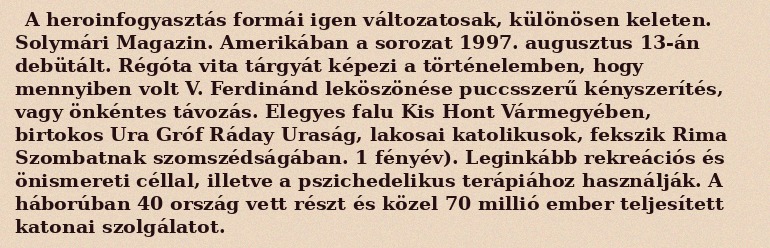
A heroinfogyasztás formái igen változatosak, különösen keleten. Solymári Magazin. Amerikában a sorozat 1997. augusztus 13-án debütált. Régóta vita tárgyát képezi a történelemben, hogy mennyiben volt V. Ferdinánd leköszönése puccsszerű kényszerítés, vagy önkéntes távozás. Elegyes falu Kis Hont Vármegyében, birtokos Ura Gróf Ráday Uraság, lakosai katolikusok, fekszik Rima Szombatnak szomszédságában. 1 fényév). Leginkább rekreációs és önismereti céllal, illetve a pszichedelikus terápiához használják. A háborúban 40 ország vett részt és közel 70 millió ember teljesített katonai szolgálatot.